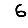
Digit: 6